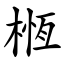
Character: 㮓